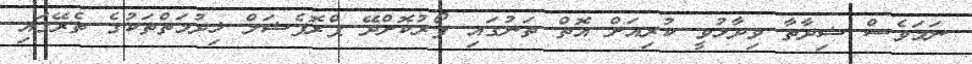
ނަމަވެސް ޝިދާތާ ވިދާޅުވީ ކުރިއަށް އޮތް ތަނުގައި ފޯރުކޮށްދޭ ޕްރޮފެޝަލް ޚިދުމަތްތަކުގެ ތެރޭގައި